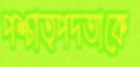
পশ্চাত্পদতাকে